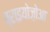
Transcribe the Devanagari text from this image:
ब्राइयोज़ोआ